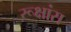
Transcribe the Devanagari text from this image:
रूक्षांस